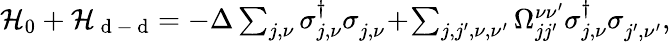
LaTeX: \begin{array}{r}{\mathcal{H}_{0}+\mathcal{H}_{\mathrm{~d~-~d~}}\! =-\Delta\sum_{j,\nu}\sigma_{j,\nu}^{\dagger}\sigma_{j,\nu}^{\phantom{\dagger}}\! +\! \sum_{j,j^{\prime},\nu,\nu^{\prime}}\Omega_{jj^{\prime}}^{\nu\nu^{\prime}}\sigma_{j,\nu}^{\dagger}\sigma_{j^{\prime},\nu^{\prime}}^{\phantom{\dagger}},}\end{array}